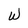
Character: W